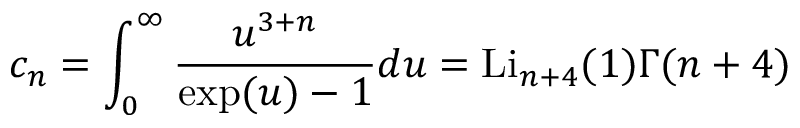
c _ { n } = \int _ { 0 } ^ { \infty } \frac { u ^ { 3 + n } } { \exp ( u ) - 1 } d u = \mathrm { L i } _ { n + 4 } ( 1 ) \Gamma ( n + 4 )